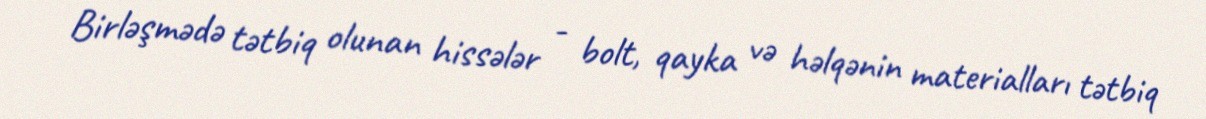
Birləşmədə tətbiq olunan hissələr - bolt, qayka və həlqənin materialları tətbiq